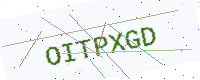
Text: OITPXGD